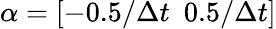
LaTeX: \alpha=[-0.5/\Delta t\ \ 0.5/\Delta t]